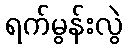
ရက်မွန်းလွဲ